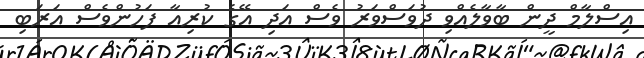
އިސްލާމް ދީން ބާވާލެއްވި ދުވަސްވަރު ވެސް އަދި އޭގެ ކުރިއާ ފަހުންވެސް އަރަބި